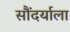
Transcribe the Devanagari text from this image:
सौंदर्याला